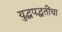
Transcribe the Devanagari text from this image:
युद्धपद्धतींचा